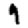
Digit: 9